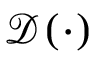
\mathcal { D } ( \cdot )